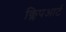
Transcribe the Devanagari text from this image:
क्लिपआर्ट